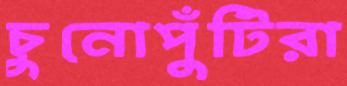
চুনোপুঁটিরা